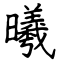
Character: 曦